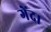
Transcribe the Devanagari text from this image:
गेंद।